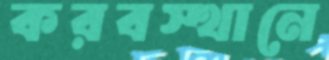
করবস্থানে